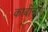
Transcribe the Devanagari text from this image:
कार्बाॅनेल